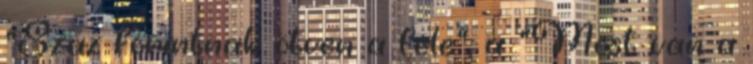
"Száz forintnak ötven a fele", a "Most van a